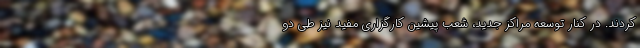
کردند. در کنار توسعه مراکز جدید، شعب پیشین کارگزاری مفید نیز طی دو